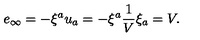
e _ { \infty } = - \xi ^ { a } u _ { a } = - \xi ^ { a } { \frac { 1 } { V } } \xi _ { a } = V .